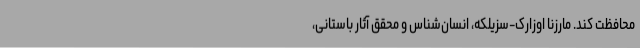
محافظت کند. مارزنا اوزارک-سزیلکه، انسان‌شناس و محقق آثار باستانی،